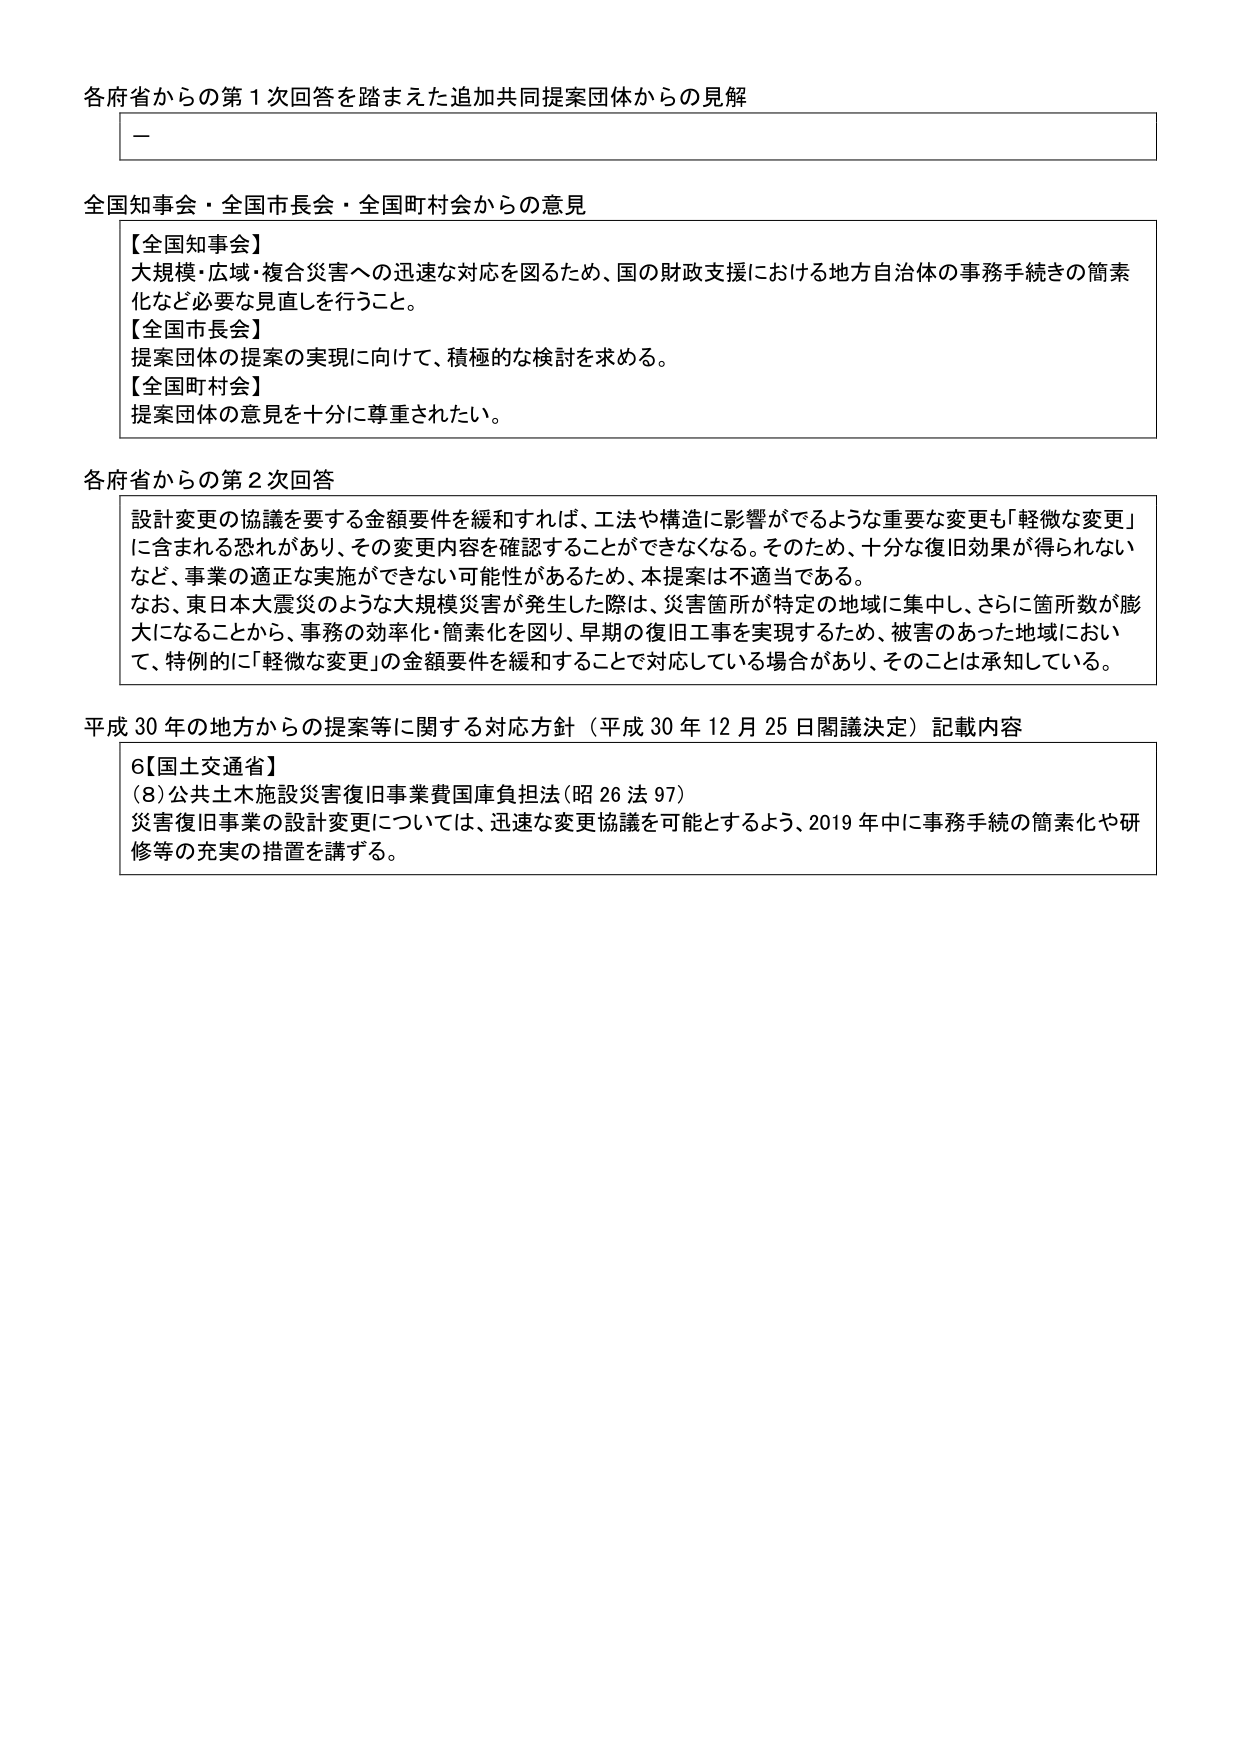
各府省からの第１次回答を踏まえた追加共同提案団体からの見解

－

全国知事会・全国市長会・全国町村会からの意見

【全国知事会】
大規模・広域・複合災害への迅速な対応を図るため、国の財政支援における地方自治体の事務手続きの簡素化など必要な見直しを行うこと。

【全国市長会】
提案団体の提案の実現に向けて、積極的な検討を求める。

【全国町村会】
提案団体の意見を十分に尊重されたい。

各府省からの第２次回答

設計変更の協議を要する金額要件を緩和すれば、工法や構造に影響がでるような重要な変更も「軽微な変更」に含まれる恐れがあり、その変更内容を確認することができなくなる。そのため、十分な復旧効果が得られないなど、事業の適正な実施ができない可能性があるため、本提案は不適当である。

なお、東日本大震災のような大規模災害が発生した際は、災害箇所が特定の地域に集中し、さらに箇所数が膨大になることから、事務の効率化・簡素化を図り、早期の復旧工事を実現するため、被害のあった地域において、特別的に「軽微な変更」の金額要件を緩和することで対応している場合があり、そのことは承知している。

平成30年の地方からの提案等に関する対応方針（平成30年12月25日閣議決定）記載内容

6【国土交通省】
（8）公共土木施設災害復旧事業費国庫負担法（昭26法97）
災害復旧事業の設計変更については、迅速な変更協議を可能とするよう、2019年中に事務手続の簡素化や研修等の充実の措置を講ずる。